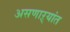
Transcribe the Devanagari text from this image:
असणाऱ्यांत